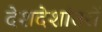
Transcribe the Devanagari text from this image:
देशदेशांतरों